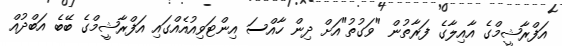
އަފްރާޝީމްގެ އާއިލާގެ ފަރާތުން "ވަގުތު"އަށް ދިން ހާއްސަ އިންޓަވިއުއެއްގައި އަފްރާޝީމްގެ ބޭބެ އަބްދުއް